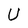
Character: U